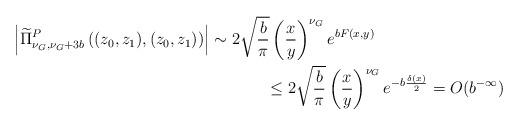
LaTeX: \begin{align*}\begin{multlined}[t][12.5cm]\left|\widetilde{\Pi}^{P}_{\nu_{G},\nu_{G}+3b}\left((z_{0},z_{1}),(z_{0},z_{1})\right)\right|\sim 2\sqrt{\frac{b}{\pi}}\left(\frac{x}{y}\right)^{\nu_{G}}e^{bF(x,y)}\\\leq 2\sqrt{\frac{b}{\pi}}\left(\frac{x}{y}\right)^{\nu_{G}}e^{-b\frac{\delta(x)}{2}}=O(b^{-\infty})\end{multlined}\end{align*}